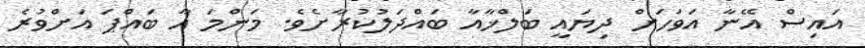
އައިސް އޭނާ އަވަހަށް ދިޔައީ ބަލްޚާއާ ބައްދަލުކުރާށެވެ. މަންމަ އާ ބައްޕަ އަށްވުރެ